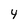
Character: 4